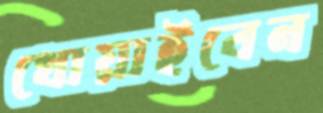
খোয়াইবেন